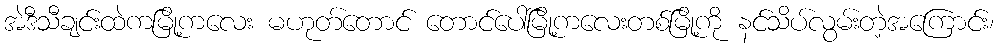
အဲဒီသီချင်းထဲကမြို့ကလေး မဟုတ်တောင် တောင်ပေါ်မြို့ကလေးတစ်မြို့ကို နင်သိပ်လွမ်းတဲ့အကြောင်း၊